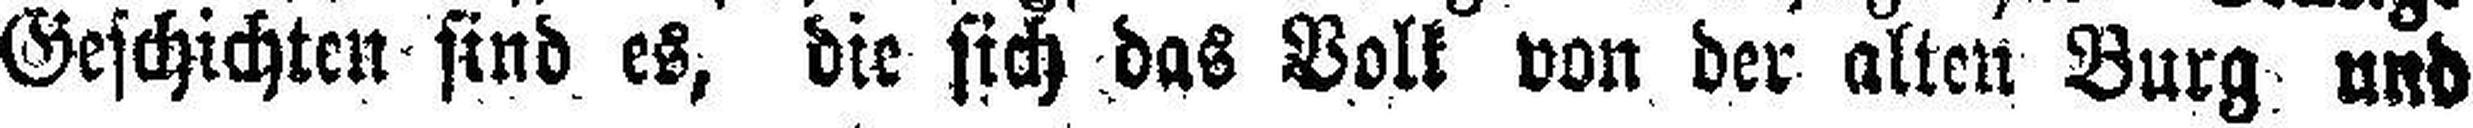
Geschichten sind es, die sich das Volk von der alten Burg und